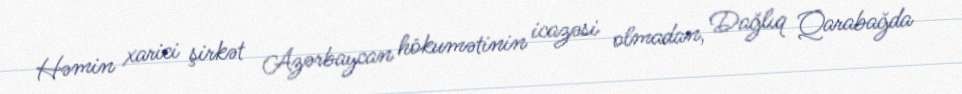
Həmin xarici şirkət Azərbaycan hökumətinin icazəsi olmadan, Dağlıq Qarabağda